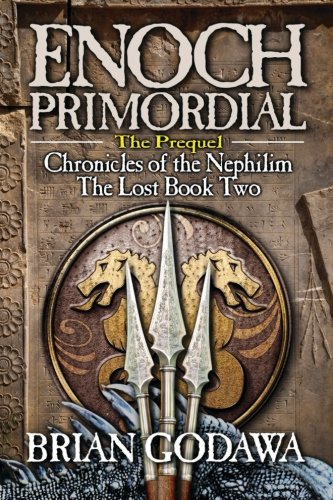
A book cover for Enoch Primordial (Chronicles of the Nephilim) (Volume 2); Brian Godawa; Christian Books & Bibles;